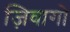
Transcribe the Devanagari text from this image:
ज़िवागो